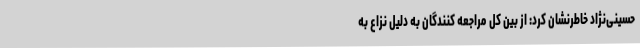
حسینی‌نژاد خاطرنشان کرد: از بین کل مراجعه کنندگان به دلیل نزاع به